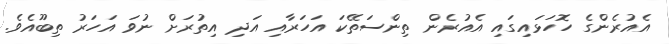
އެއުރެންގެ ހޮހަޅައިގައި އެއުރެން ތިންސަތޭކަ އަހަރާއި އަދި އިތުރަށް ނުވަ އަހަރު ތިބޫއެވެ.